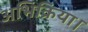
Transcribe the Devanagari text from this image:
अभिक्रिया।